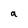
Character: a